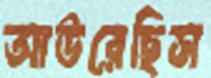
আউরেছিস